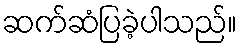
ဆက်ဆံပြခဲ့ပါသည်။